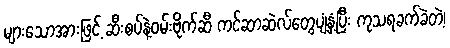
များသောအားဖြင့် ဆီးစပ်နဲ့ဝမ်းဗိုက်ဆီ ကင်ဆာဆဲလ်တွေပျံ့နှံ့ပြီး ကုသရခက်ခဲတဲ့၊